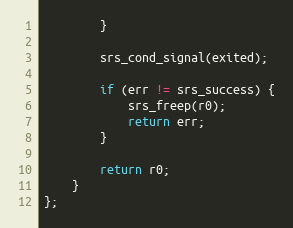
Language: C++
        }

        srs_cond_signal(exited);

        if (err != srs_success) {
            srs_freep(r0);
            return err;
        }

        return r0;
    }
};